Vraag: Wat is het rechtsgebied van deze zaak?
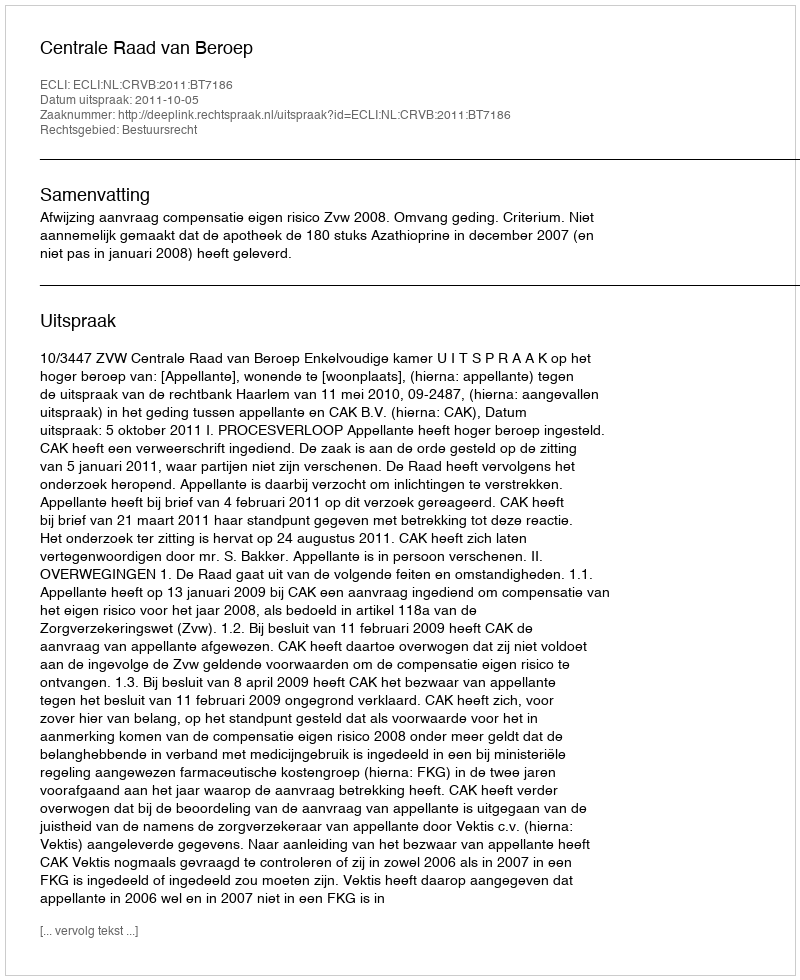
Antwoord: Bestuursrecht